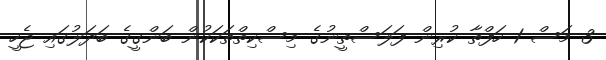
3 މަސް 1 ހަފްތާ ކުރިން ފަލަސްތީނުގެ މިސްކިތްތަކަކުން ބަންގީގެ ބަދަލުގައި ޖެހީ